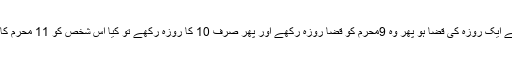
اگر کسی شخص پر رمضان المبارک کے ایک روزہ کی قضا ہو پھر وہ 9محرم کو قضا روزہ رکھے اور پھر صرف 10 کا روزہ رکھے تو کیا اس شخص کو 11 محرم کا روزہ رکھنا بھی ضروری ہے یا نہیں؟